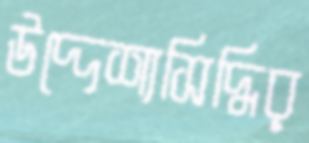
উদ্দেশ্যসিদ্ধির